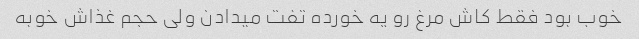
خوب بود فقط کاش مرغ رو یه خورده تفت میدادن ولی حجم غذاش خوبه